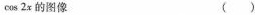
\cas 2 x$$ 的图像 ( )